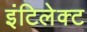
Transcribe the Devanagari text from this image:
इंटिलेक्ट